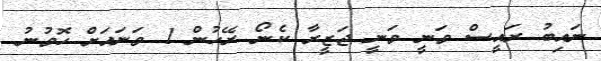
ނައިބު ރައީސް ވަނީ ވަނީ ޖަޒީރާ ކެނޯ ރޭހުން 1 ވަނައަށް ހޮވުނު